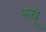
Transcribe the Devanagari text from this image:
स्व्